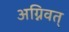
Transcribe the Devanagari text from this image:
अग्निवत्